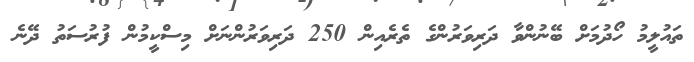
ތައުލީމު ހޯދުމަށް ބޭނުންވާ ދަރިވަރުންގެ ތެރެއިން 250 ދަރިވަރުންނަށް މިސްކީމުން ފުރުސަތު ދޭނެ